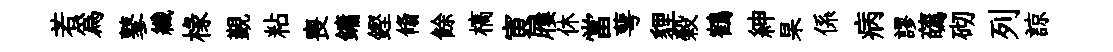
若爲鼕纖椽覲粘喪鏞鏗翛餘槁寅屨休當萼貍榖鶴紳杲係病謬蘤砌列諒